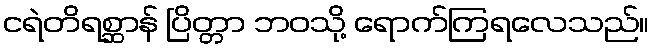
ငရဲတိရစ္ဆာန် ပြိတ္တာ ဘဝသို့ ရောက်ကြရလေသည်။